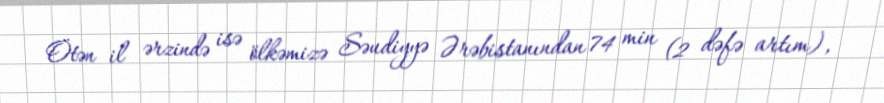
Ötən il ərzində isə ölkəmizə Səudiyyə Ərəbistanından 74 min (2 dəfə artım),